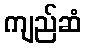
ကျည်ဆံ